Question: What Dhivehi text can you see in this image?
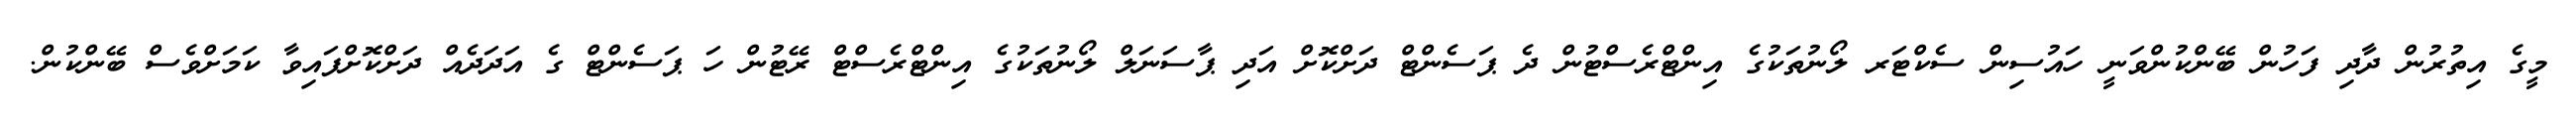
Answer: މީގެ އިތުރުން ދާދި ފަހުން ބޭންކުންވަނީ ހައުސިން ސެކްޓަރ ލޯނުތަކުގެ އިންޓްރެސްޓުން ދެ ޕަސެންޓް ދަށްކޮށް އަދި ޕާސަނަލް ލޯނުތަކުގެ އިންޓްރެސްޓް ރޭޓުން ހަ ޕަސެންޓް ގެ އަދަދެއް ދަށްކޮށްފައިވާ ކަމަށްވެސް ބޭންކުން.